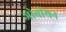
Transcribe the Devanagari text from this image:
जोवीयन